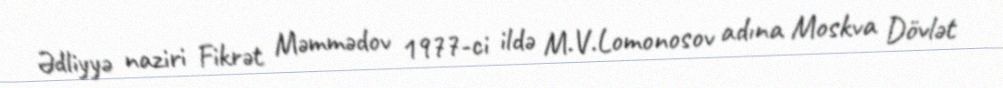
Ədliyyə naziri Fikrət Məmmədov 1977-ci ildə M.V.Lomonosov adına Moskva Dövlət